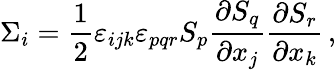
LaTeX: \Sigma_{i}=\frac{1}{2}\varepsilon_{ijk}\varepsilon_{pqr}S_{p}\frac{\partial S_{q}}{\partial x_{j}}\frac{\partial S_{r}}{\partial x_{k}}\, ,